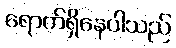
ရောက်ရှိနေပါသည်